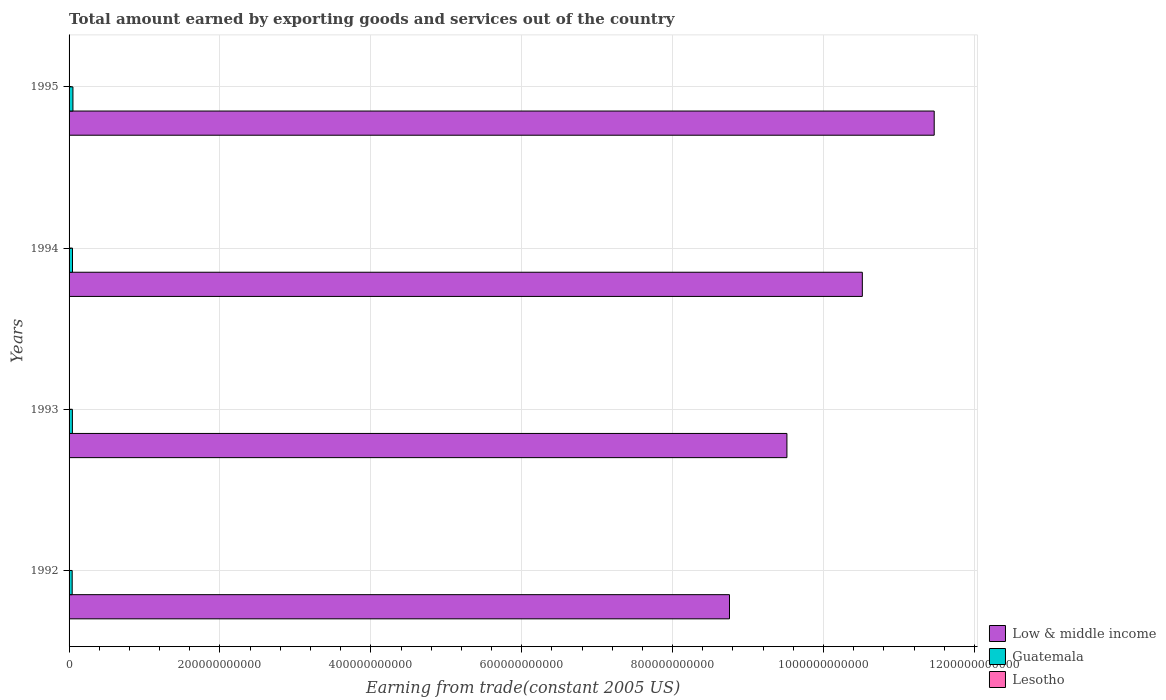
| Years | Low & middle income | Guatemala | Lesotho |
 | --- | --- | --- | --- |
 | 1992 | 8.75e+11 | 4.13e+09 | 1.36e+08 |
 | 1993 | 9.52e+11 | 4.4e+09 | 1.79e+08 |
 | 1994 | 1.05e+12 | 4.55e+09 | 1.86e+08 |
 | 1995 | 1.15e+12 | 5.12e+09 | 2.08e+08 |